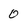
Character: 0